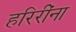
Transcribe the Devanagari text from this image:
हरिरींना